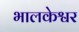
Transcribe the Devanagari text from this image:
भालकेश्वर